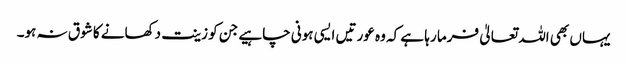
یہاں بھی اللہ تعالیٰ فرما رہا ہے کہ وہ عورتیں ایسی ہونی چاہیے جن کو زینت دکھانے کا شوق نہ ہو۔